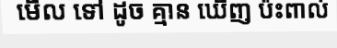
មើល ទៅ ដូច គ្មាន ឃើញ ប៉ះពាល់